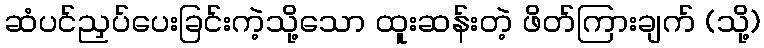
ဆံပင်ညှပ်ပေးခြင်းကဲ့သို့သော ထူးဆန်းတဲ့ ဖိတ်ကြားချက် (သို့)